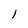
Character: l